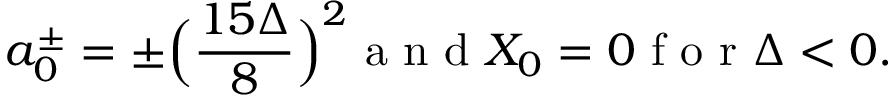
a _ { 0 } ^ { \pm } = \pm \Big ( \frac { 1 5 \Delta } { 8 } \Big ) ^ { 2 } \mathrm { ~ a ~ n ~ d ~ } X _ { 0 } = 0 \mathrm { ~ f ~ o ~ r ~ } \Delta < 0 .